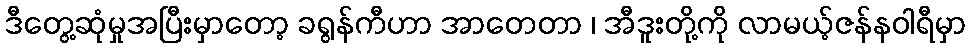
ဒီတွေ့ဆုံမှုအပြီးမှာတော့ ခရွန်ကီဟာ အာတေတာ ၊ အီဒူးတို့ကို လာမယ့်ဇန်နဝါရီမှာ